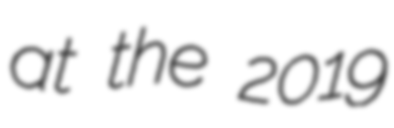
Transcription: at the 2019